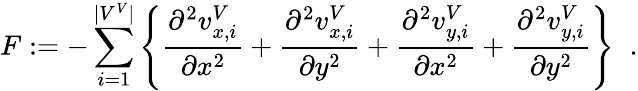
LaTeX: F:=-\sum_{i=1}^{|V^{V}|}\left\{ \frac{\partial^{2}v_{x,i}^{V}}{\partial x^{2}}+\frac{\partial^{2}v_{x,i}^{V}}{\partial y^{2}}+\frac{\partial^{2}v_{y,i}^{V}}{\partial x^{2}}+\frac{\partial^{2}v_{y,i}^{V}}{\partial y^{2}}\right\} \; \; .